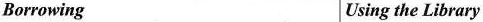
Borrowing Using the Library